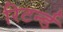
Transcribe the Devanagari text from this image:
रिटर्न्ड